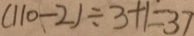
( 1 1 0 - 2 ) \div 3 + 1 = 3 7